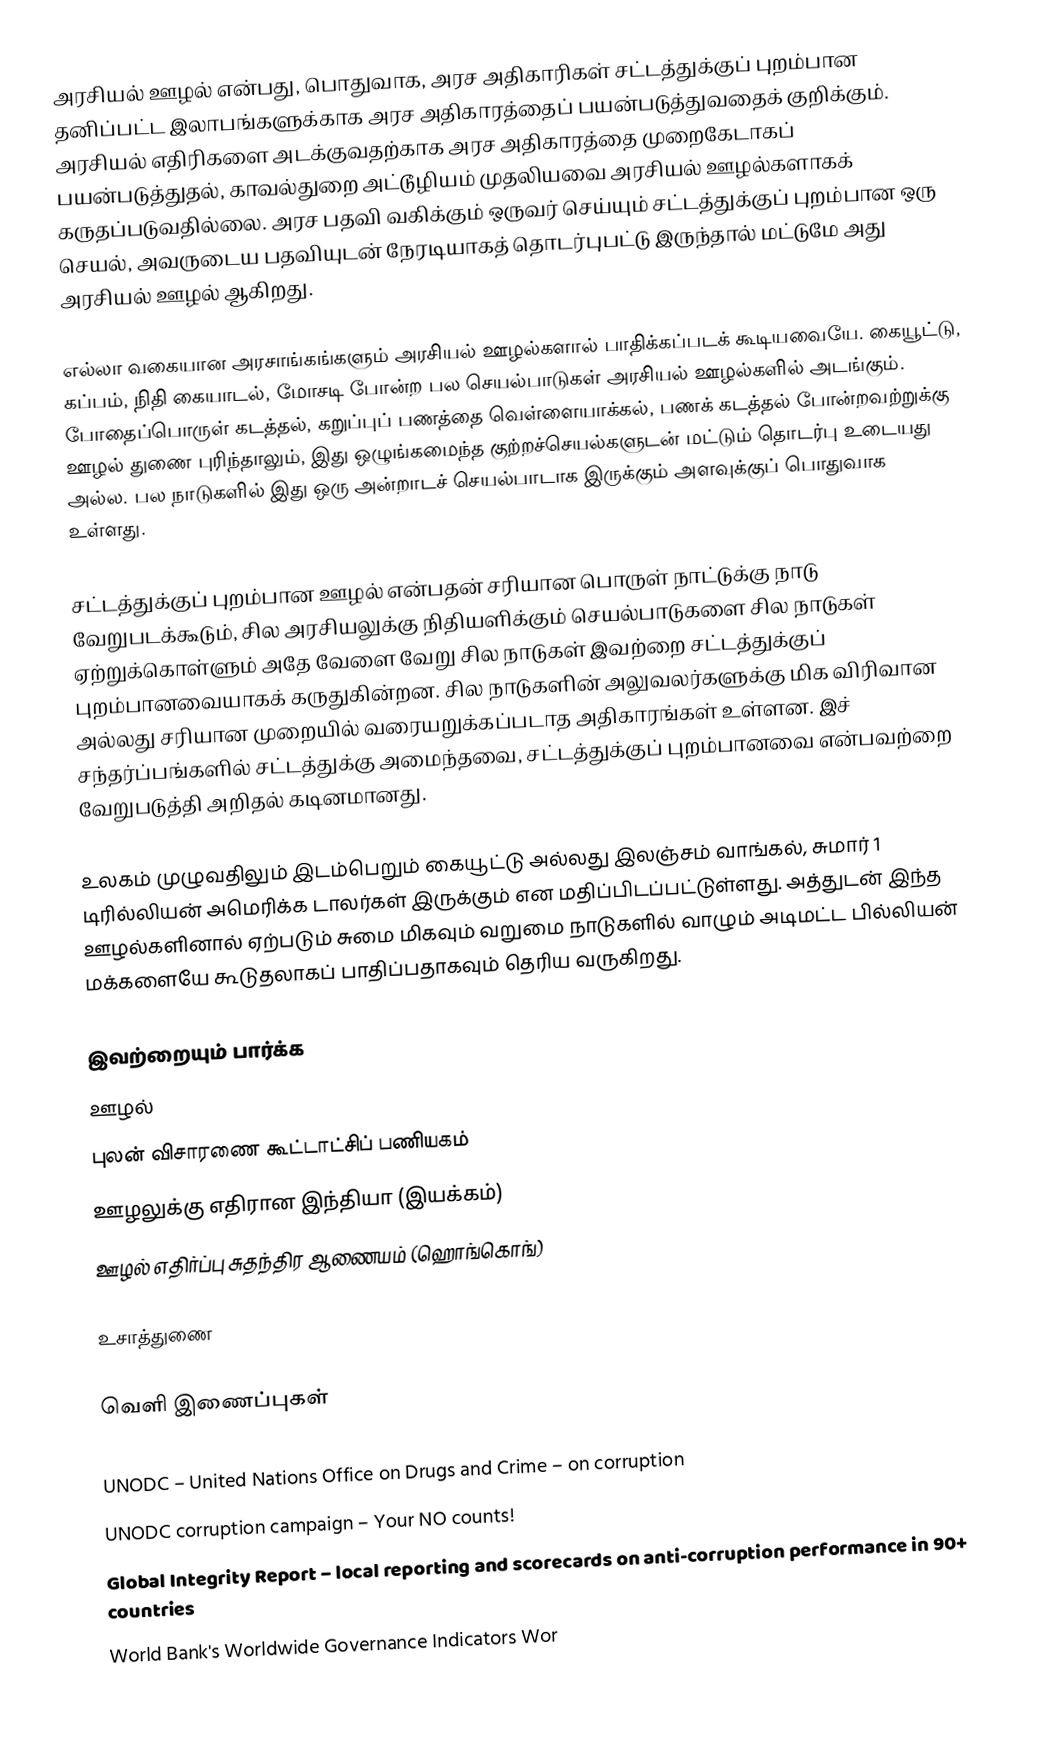
அரசியல் ஊழல் என்பது, பொதுவாக, அரச அதிகாரிகள் சட்டத்துக்குப் புறம்பான தனிப்பட்ட இலாபங்களுக்காக அரச அதிகாரத்தைப் பயன்படுத்துவதைக் குறிக்கும். அரசியல் எதிரிகளை அடக்குவதற்காக அரச அதிகாரத்தை முறைகேடாகப் பயன்படுத்துதல், காவல்துறை அட்டூழியம் முதலியவை அரசியல் ஊழல்களாகக் கருதப்படுவதில்லை. அரச பதவி வகிக்கும் ஒருவர் செய்யும் சட்டத்துக்குப் புறம்பான ஒரு செயல், அவருடைய பதவியுடன் நேரடியாகத் தொடர்புபட்டு இருந்தால் மட்டுமே அது அரசியல் ஊழல் ஆகிறது.

எல்லா வகையான அரசாங்கங்களும் அரசியல் ஊழல்களால் பாதிக்கப்படக் கூடியவையே. கையூட்டு, கப்பம், நிதி கையாடல், மோசடி போன்ற பல செயல்பாடுகள் அரசியல் ஊழல்களில் அடங்கும். போதைப்பொருள் கடத்தல், கறுப்புப் பணத்தை வெள்ளையாக்கல், பணக் கடத்தல் போன்றவற்றுக்கு ஊழல் துணை புரிந்தாலும், இது ஒழுங்கமைந்த குற்றச்செயல்களுடன் மட்டும் தொடர்பு உடையது அல்ல. பல நாடுகளில் இது ஒரு அன்றாடச் செயல்பாடாக இருக்கும் அளவுக்குப் பொதுவாக உள்ளது.

சட்டத்துக்குப் புறம்பான ஊழல் என்பதன் சரியான பொருள் நாட்டுக்கு நாடு வேறுபடக்கூடும், சில அரசியலுக்கு நிதியளிக்கும் செயல்பாடுகளை சில நாடுகள் ஏற்றுக்கொள்ளும் அதே வேளை வேறு சில நாடுகள் இவற்றை சட்டத்துக்குப் புறம்பானவையாகக் கருதுகின்றன. சில நாடுகளின் அலுவலர்களுக்கு மிக விரிவான அல்லது சரியான முறையில் வரையறுக்கப்படாத அதிகாரங்கள் உள்ளன. இச் சந்தர்ப்பங்களில் சட்டத்துக்கு அமைந்தவை, சட்டத்துக்குப் புறம்பானவை என்பவற்றை வேறுபடுத்தி அறிதல் கடினமானது.

உலகம் முழுவதிலும் இடம்பெறும் கையூட்டு அல்லது இலஞ்சம் வாங்கல், சுமார் 1 டிரில்லியன் அமெரிக்க டாலர்கள் இருக்கும் என மதிப்பிடப்பட்டுள்ளது. அத்துடன் இந்த ஊழல்களினால் ஏற்படும் சுமை மிகவும் வறுமை நாடுகளில் வாழும் அடிமட்ட பில்லியன் மக்களையே கூடுதலாகப் பாதிப்பதாகவும் தெரிய வருகிறது.

இவற்றையும் பார்க்க
 ஊழல்
 புலன் விசாரணை கூட்டாட்சிப் பணியகம்
 ஊழலுக்கு எதிரான இந்தியா (இயக்கம்)
 ஊழல் எதிர்ப்பு சுதந்திர ஆணையம் (ஹொங்கொங்)

உசாத்துணை

வெளி இணைப்புகள்

 UNODC – United Nations Office on Drugs and Crime – on corruption
 UNODC corruption campaign – Your NO counts!
 Global Integrity Report  – local reporting and scorecards on anti-corruption performance in 90+ countries
 World Bank's Worldwide Governance Indicators Wor